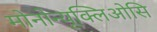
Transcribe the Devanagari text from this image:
मोनोन्यूक्लिओसि